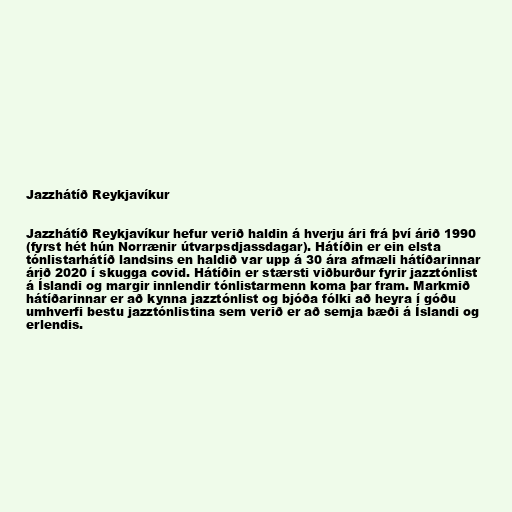
Jazzhátíð Reykjavíkur

Jazzhátíð Reykjavíkur hefur verið haldin á hverju ári frá því árið 1990
(fyrst hét hún Norrænir útvarpsdjassdagar). Hátíðin er ein elsta
tónlistarhátíð landsins en haldið var upp á 30 ára afmæli hátíðarinnar
árið 2020 í skugga covid. Hátíðin er stærsti viðburður fyrir jazztónlist
á Íslandi og margir innlendir tónlistarmenn koma þar fram. Markmið
hátíðarinnar er að kynna jazztónlist og bjóða fólki að heyra í góðu
umhverfi bestu jazztónlistina sem verið er að semja bæði á Íslandi og
erlendis.